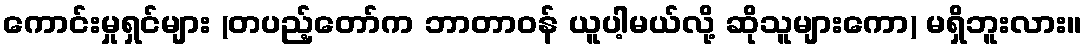
ကောင်းမှုရှင်များ (တပည့်တော်က ဘာတာဝန် ယူပါ့မယ်လို့ ဆိုသူများကော) မရှိဘူးလား။